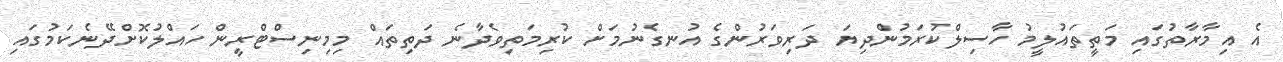
އެ އިމާރާތުގައި މަތީތައުލީމު ހާސިލްކުރަމުންދިޔަ ދަރިވަރުންގެ އުނގެނުމަށް ކުރިމަތިވެދާނެ ދަތިތައް މިމިނިސްޓްރީން ހައްލުކޮށްދޭނެކަމުގައި